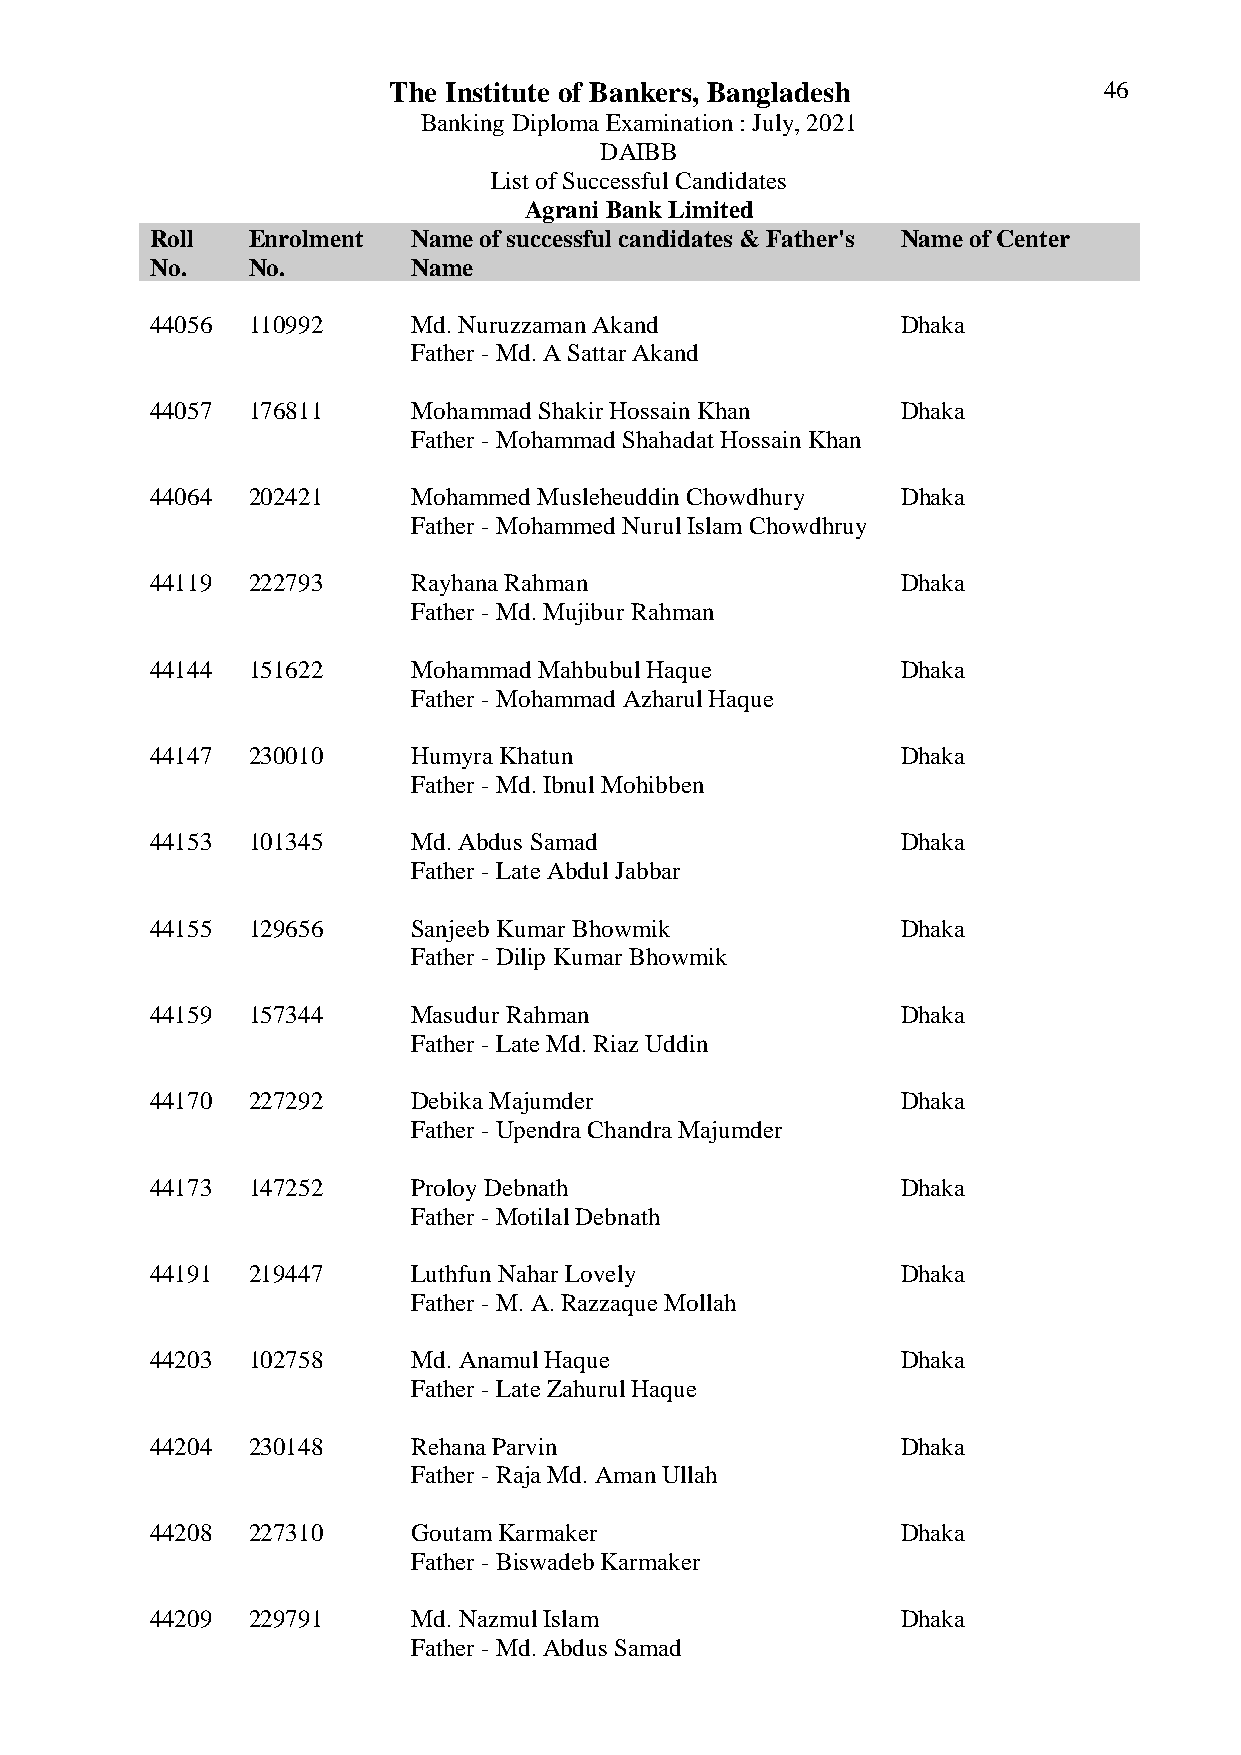
The Institute of Bankers, Bangladesh           46
 Banking Diploma Examination : July, 2021
 DAIBB
 List of Successful Candidates
 Agrani Bank Limited
 Roll  Enrolment  Name of successful candidates & Father's Name of Center
 No.   No.        Name
 44056 110992     Md. Nuruzzaman Akand             Dhaka
 Father - Md. A Sattar Akand
 44057 176811     Mohammad Shakir Hossain Khan     Dhaka
 Father - Mohammad Shahadat Hossain Khan
 44064 202421     Mohammed Musleheuddin Chowdhury  Dhaka
 Father - Mohammed Nurul Islam Chowdhruy
 44119 222793     Rayhana Rahman                   Dhaka
 Father - Md. Mujibur Rahman
 44144 151622     Mohammad Mahbubul Haque          Dhaka
 Father - Mohammad Azharul Haque
 44147 230010     Humyra Khatun                    Dhaka
 Father - Md. Ibnul Mohibben
 44153 101345     Md. Abdus Samad                  Dhaka
 Father - Late Abdul Jabbar
 44155 129656     Sanjeeb Kumar Bhowmik            Dhaka
 Father - Dilip Kumar Bhowmik
 44159 157344     Masudur Rahman                   Dhaka
 Father - Late Md. Riaz Uddin
 44170 227292     Debika Majumder                  Dhaka
 Father - Upendra Chandra Majumder
 44173 147252     Proloy Debnath                   Dhaka
 Father - Motilal Debnath
 44191 219447     Luthfun Nahar Lovely             Dhaka
 Father - M. A. Razzaque Mollah
 44203 102758     Md. Anamul Haque                 Dhaka
 Father - Late Zahurul Haque
 44204 230148     Rehana Parvin                    Dhaka
 Father - Raja Md. Aman Ullah
 44208 227310     Goutam Karmaker                  Dhaka
 Father - Biswadeb Karmaker
 44209 229791     Md. Nazmul Islam                 Dhaka
 Father - Md. Abdus Samad